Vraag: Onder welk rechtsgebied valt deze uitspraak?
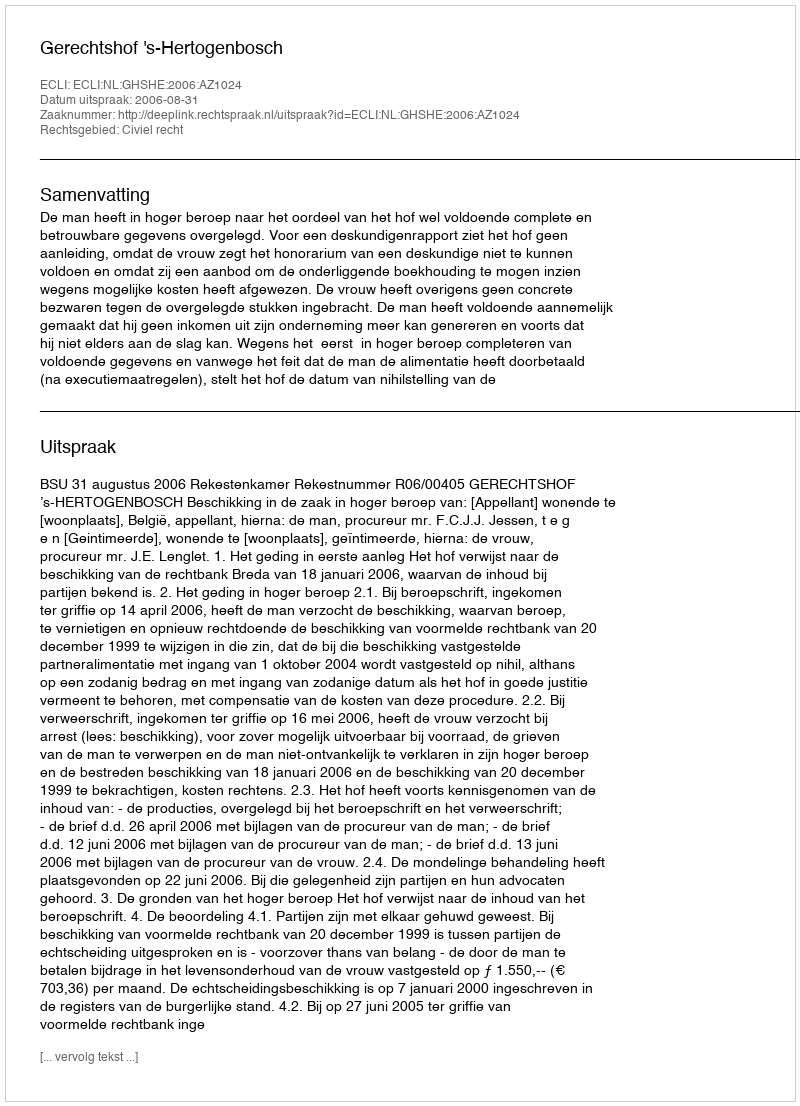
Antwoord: Civiel recht